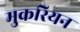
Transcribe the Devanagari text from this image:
मुकरियन